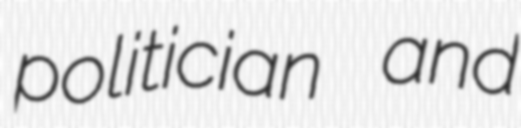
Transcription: politician and